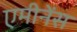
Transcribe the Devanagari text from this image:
एमीनेंस